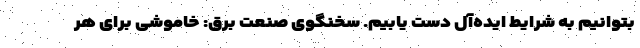
بتوانیم به شرایط ایده‌آل دست یابیم. سخنگوی صنعت برق: خاموشی برای هر